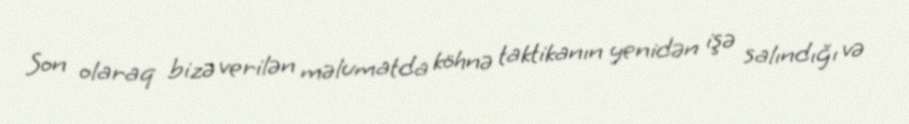
Son olaraq bizə verilən məlumatda köhnə taktikanın yenidən işə salındığı və